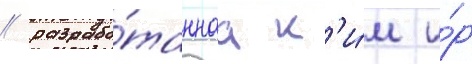
/ разрабо́таннаа к'и́м и́р